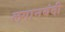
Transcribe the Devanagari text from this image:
लगानबंदी